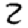
Digit: 2